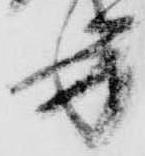
書